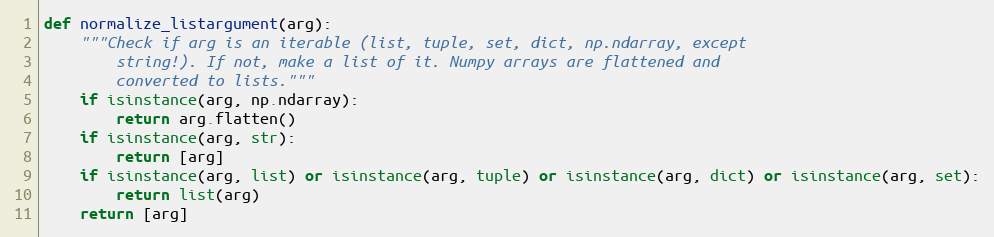
Language: Python
def normalize_listargument(arg):
    """Check if arg is an iterable (list, tuple, set, dict, np.ndarray, except
        string!). If not, make a list of it. Numpy arrays are flattened and
        converted to lists."""
    if isinstance(arg, np.ndarray):
        return arg.flatten()
    if isinstance(arg, str):
        return [arg]
    if isinstance(arg, list) or isinstance(arg, tuple) or isinstance(arg, dict) or isinstance(arg, set):
        return list(arg)
    return [arg]